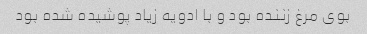
بوی مرغ زننده بود و با ادویه زیاد پوشیده شده بود